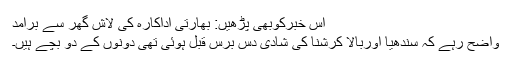
اس خبرکوبھی پڑھیں: بھارتی اداکارہ کی لاش گھر سے برآمد
واضح رہے کہ سندھیا اوربالا کرشنا کی شادی دس برس قبل ہوئی تھی دونوں کے دو بچے ہیں۔